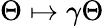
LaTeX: \Theta\mapsto\gamma\Theta